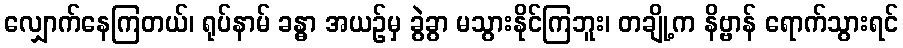
လျှောက်နေကြတယ်၊ ရုပ်နာမ် ခန္ဓာ အယဉ်မှ ခွဲခွာ မသွားနိုင်ကြဘူး၊ တချို့က နိဗ္ဗာန် ရောက်သွားရင်